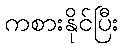
ကစားနိုင်ပြီး